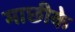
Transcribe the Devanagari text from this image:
माछीके